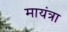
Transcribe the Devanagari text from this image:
मायंत्रा